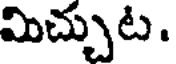
మిచ్చుట.